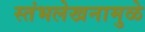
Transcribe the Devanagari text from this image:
स्तंभलेखनामुळे